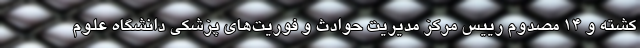
کشته و 14 مصدوم رییس مرکز مدیریت حوادث و فوریت‌های پزشکی دانشگاه علوم